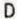
D